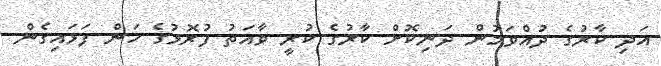
އަދި ކާރުގެ ދުއްވަމުން ދަނިކޮށް ކާރުގެ ކުރީ ވާއަތު ފުރޮޅުގެ ހަން ފަޅައިގެން